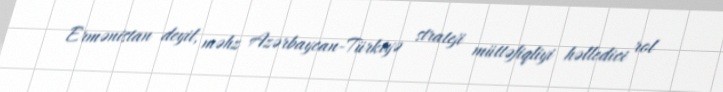
Ermənistan deyil, məhz Azərbaycan-Türkiyə strateji müttəfiqliyi həlledici rol